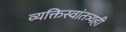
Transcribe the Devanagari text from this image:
व्यक्तिस्वांतत्र्यही